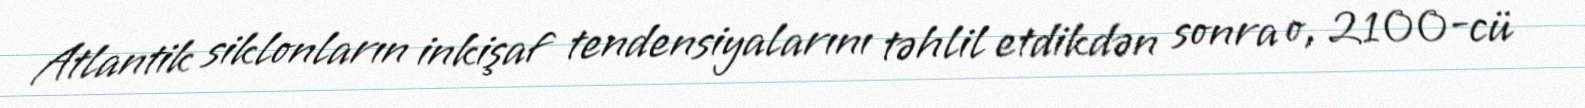
Atlantik siklonların inkişaf tendensiyalarını təhlil etdikdən sonra o, 2100-cü